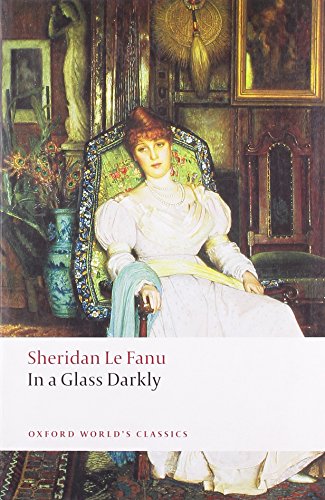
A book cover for In A Glass Darkly (Oxford World's Classics); Sheridan Le Fanu; Literature & Fiction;